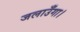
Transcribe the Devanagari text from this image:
जलाउँगा।